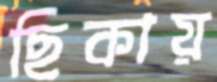
ছিকায়